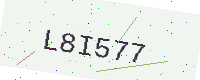
Text: L8I577